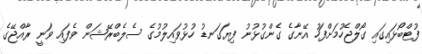
ފުޓްބޯޅައިގައި ގޯލްޖެހުމަށްފަހު އޭނާގެ ގެންގުޅުނު ފިޔަގަނޑު ހުޅުވައިލުމުގެ ސެލެބްރޭޝަން ވެފައި ވަނީ ރާއްޖޭގެ